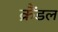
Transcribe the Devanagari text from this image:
क्रैंडल